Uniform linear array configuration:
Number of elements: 16
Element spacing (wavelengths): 1
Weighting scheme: hann
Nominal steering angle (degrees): -45
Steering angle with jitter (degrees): -46.05
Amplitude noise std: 0.05
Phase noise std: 0.05

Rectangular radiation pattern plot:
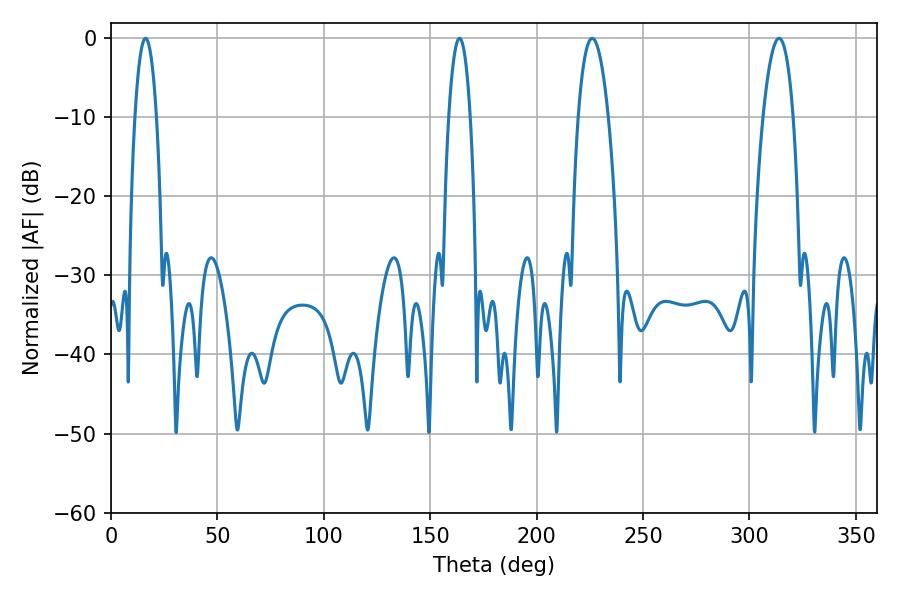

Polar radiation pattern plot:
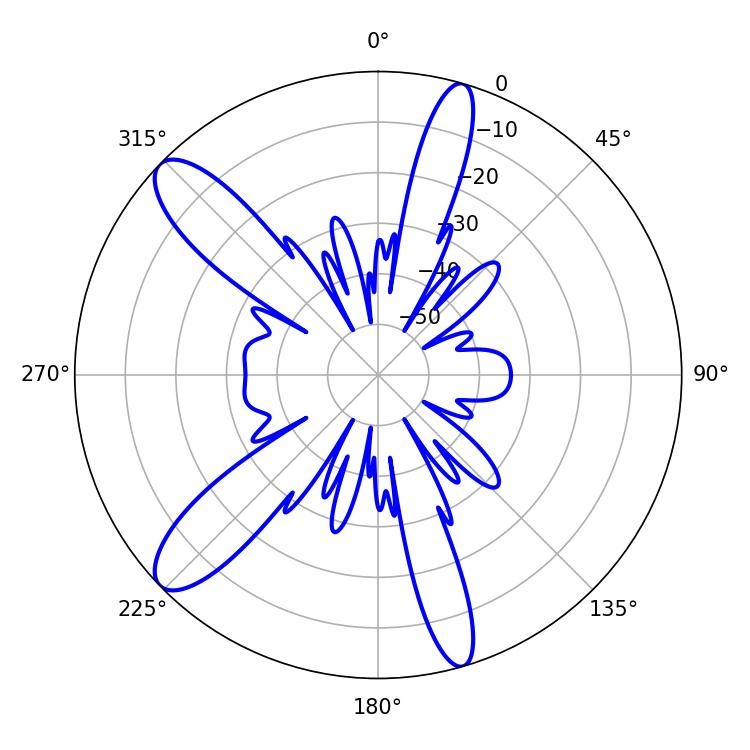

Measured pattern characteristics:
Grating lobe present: TRUE
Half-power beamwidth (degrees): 7.92
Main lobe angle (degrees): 226.08